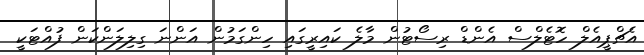
އެޗްޕީއެލް ހޮޓެލްސް އެންޑް ރިސޯޓުން މާލެ ކައިރީގައި ހިންގަމުން އަންނަ ގިލިލަންކަން ފުއްޓަކީ